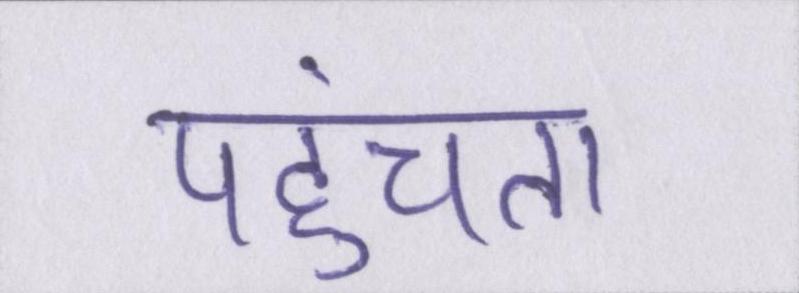
पहुंचता